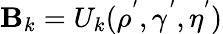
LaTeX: \mathbf{B}_{k}=U_{k}(\rho^{'},\gamma^{'},\eta^{'})